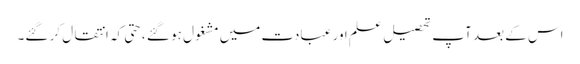
اس کے بعد آپ تحصیل ِ علم اور عبادت میں مشغول ہو گئے ،حتی کہ انتقال کر گئے۔